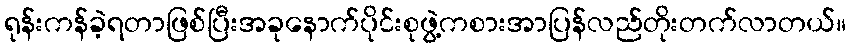
ရုန်းကန်ခဲ့ရတာဖြစ်ပြီးအခုနောက်ပိုင်းစုဖွဲ့ကစားအာပြန်လည်တိုးတက်လာတယ်။